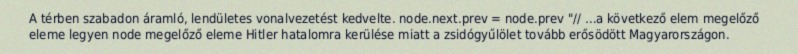
A térben szabadon áramló, lendületes vonalvezetést kedvelte. node.next.prev = node.prev "// …a következő elem megelőző eleme legyen node megelőző eleme Hitler hatalomra kerülése miatt a zsidógyűlölet tovább erősödött Magyarországon.